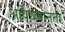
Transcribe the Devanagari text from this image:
अविद्यमानता